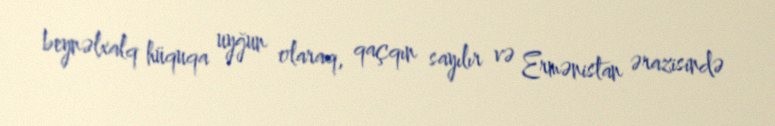
beynəlxalq hüquqa uyğun olaraq, qaçqın sayılır və Ermənistan ərazisində